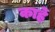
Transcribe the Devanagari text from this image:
कार्हे